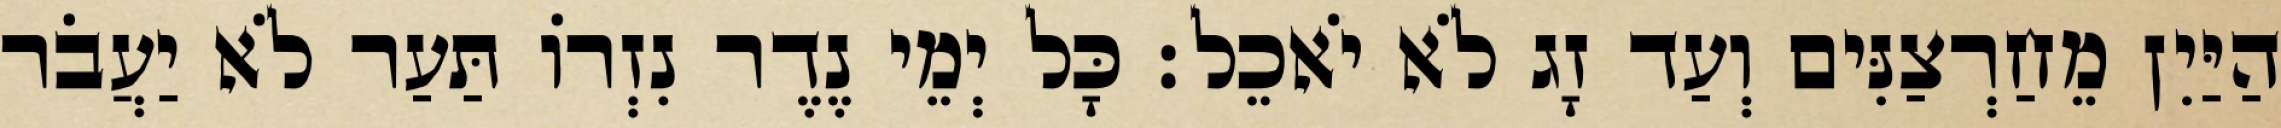
הַיַּיִן מֵחַרְצַנִּים וְעַד זָג לֹא יֹאכֵל׃ כָּל יְמֵי נֶדֶר נִזְרוֹ תַּעַר לֹא יַעֲבֹר